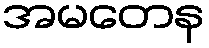
အမတေန